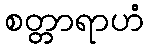
စတ္တာရာဟံ